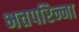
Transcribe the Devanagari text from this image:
भत्तपरिन्ना